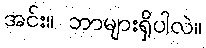
အင်း။ ဘာများရှိပါလဲ။